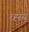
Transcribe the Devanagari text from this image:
रह्स्य